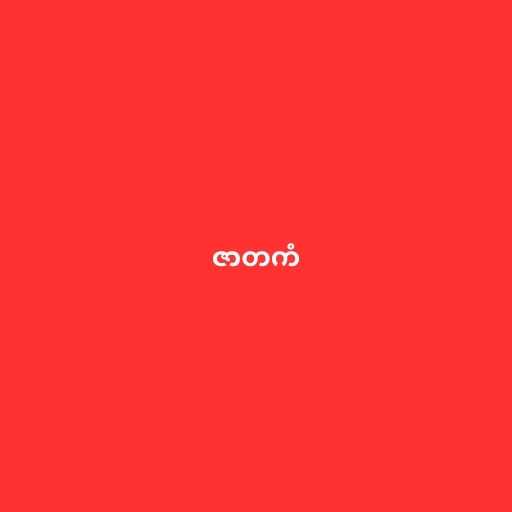
ဇာတကံ